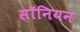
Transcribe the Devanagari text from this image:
सॉनियन